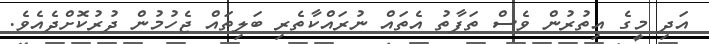
އަދި މީގެ އިތުރުން ވެސް ތަފާތު އެތައް ނުރައްކާތެރި ބަލިތައް ޖެހުމުން ދުރުކޮށްދެއެވެ.